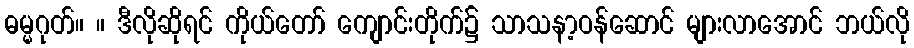
ဓမ္မဂုတ်။ ။ ဒီလိုဆိုရင် ကိုယ်တော် ကျောင်းတိုက်၌ သာသနာ့ဝန်ဆောင် များလာအောင် ဘယ်လို